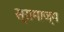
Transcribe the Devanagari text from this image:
स्रामाज्य